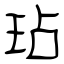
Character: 玷